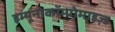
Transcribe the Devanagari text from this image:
इम्यूनोकॉम्प्रोमाइज़्ड